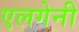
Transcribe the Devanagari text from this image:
एलगेनी